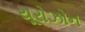
યૂરોઝોન